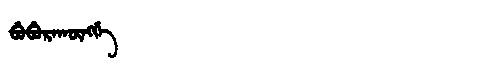
Manchu: ᠪᡠᠪᡠᡵᠠᡴᡡᠩᡤᡝ
Romanization: BUBURAKŪNGGE